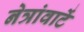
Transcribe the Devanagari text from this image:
नेत्रांवाटें